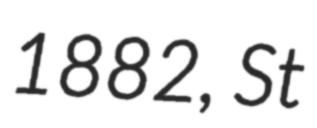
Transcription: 1882, St